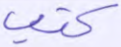
كتب